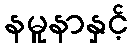
နမူနာနှင့်